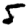
Digit: 5